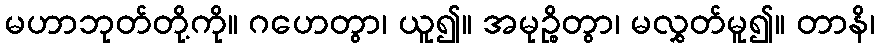
မဟာဘုတ်တို့ကို။ ဂဟေတွာ၊ ယူ၍။ အမုဉ္စိတွာ၊ မလွှတ်မူ၍။ တာနိ၊